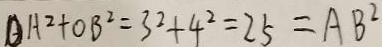
O H ^ { 2 } + O B ^ { 2 } = 3 ^ { 2 } + 4 ^ { 2 } = 2 5 = A B ^ { 2 }